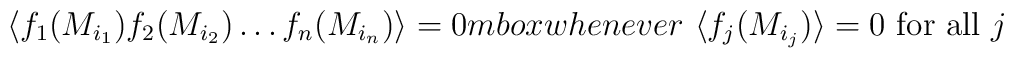
\langle f_1 (M_{i_1 } ) f_2 (M_{i_2 } ) \ldots f_n (M_{i_n } ) \rangle =0 \\mbox{whenever} \ \langle f_j (M_{i_j } ) \rangle = 0 \ \mbox{for all} \ j